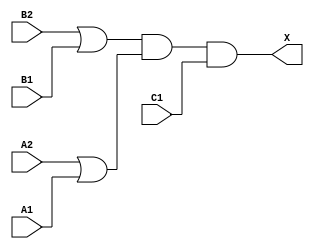
module sky130_fd_sc_hd__o221a (
    X ,
    A1,
    A2,
    B1,
    B2,
    C1
);

    // Module ports
    output X ;
    input  A1;
    input  A2;
    input  B1;
    input  B2;
    input  C1;

    // Module supplies
    supply1 VPWR;
    supply0 VGND;
    supply1 VPB ;
    supply0 VNB ;

    // Local signals
    wire or0_out   ;
    wire or1_out   ;
    wire and0_out_X;

    //  Name  Output      Other arguments
    or  or0  (or0_out   , B2, B1              );
    or  or1  (or1_out   , A2, A1              );
    and and0 (and0_out_X, or0_out, or1_out, C1);
    buf buf0 (X         , and0_out_X          );

endmodule